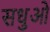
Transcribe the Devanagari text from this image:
सधुओ